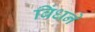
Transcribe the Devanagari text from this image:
बिंधने